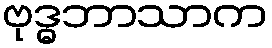
ဗုဒ္ဓဘာသာက